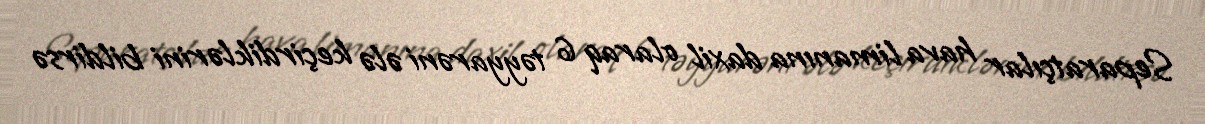
Separatçılar hava limanına daxil olaraq 6 təyyarəni ələ keçirdiklərini bildirsə